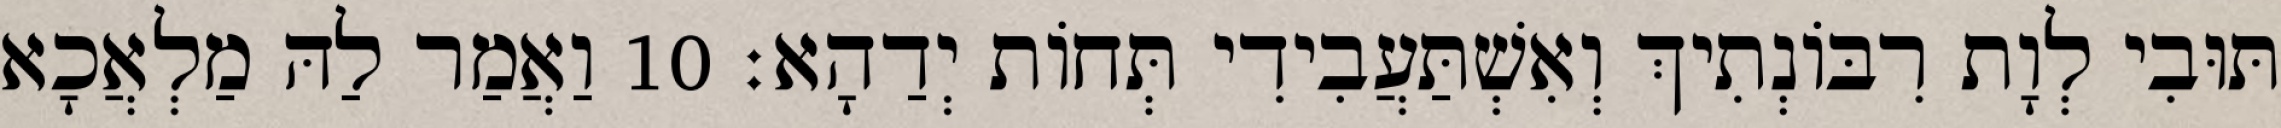
תּוּבִי לְוָת רִבּוֹנְתִיךְ וְאִשְׁתַּעֲבִידִי תְּחוֹת יְדַהָא׃ 10 וַאֲמַר לַהּ מַלְאֲכָא